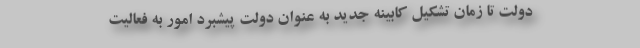
دولت تا زمان تشکیل کابینه جدید به عنوان دولت پیشبرد امور به فعالیت